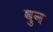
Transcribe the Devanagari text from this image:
वुन